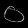
Digit: ၀